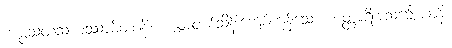
ကပ္ပသတသဟဿာမိတာနိ၊ ကမ္ဘာတစ်သိန်းကျော်ကုန်သော။ စတ္တာရိအသင်္ချေယာနိ၊